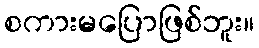
စကားမပြောဖြစ်ဘူး။